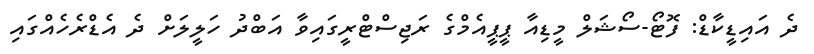
ދެ އައިޑީކާޑް: ފޮޓޯ-ސޯޝަލް މީޑިއާ ޕީޕީއެމްގެ ރަޖިސްޓްރީގައިވާ އަބްދު ހަލީލަށް ދެ އެޑްރެހެއްގައި